Vaccination in Burma 1920-1933 - 1920-1933
Year: 1920
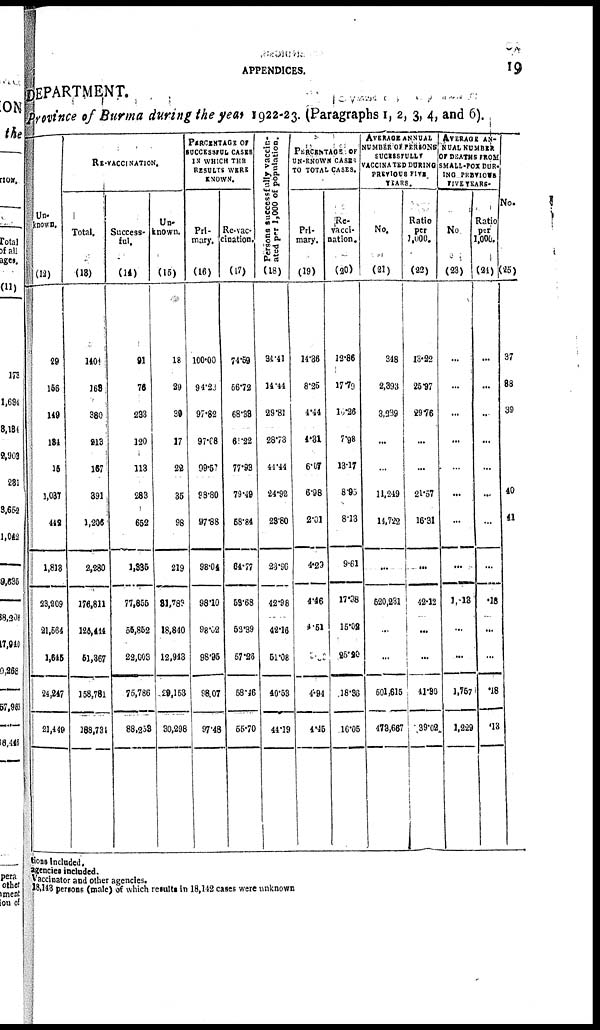
APPENDICES.
19
DEPARTMENT.
Province of Burma during the year 1922-23. (Paragraphs 1, 2, 3, 4, and 6).
Un-
known.
(12)
29
156
149
134
15
1,037
442
1,813
23,209
21,564
1,645
24,247
21,449
...
RE-VACCINATION.
Total.
(13)
140
163
380
213
167
391
1,206
2,280
176,811
125,444
51,367
158,781
188,731
...
Success-
ful.
(14)
91
76
233
120
113
283
652
1,335
77,855
55,852
22,003
75,786
88,253
...
Un-
known.
(15)
18
29
30
17
22
35
98
219
31,783
18,840
12,943
29,153
30,298
...
PERCENTAGE OF
SUCCESSFUL CASES
IN WHICH THE
RESULTS WERE
KNOWN.
Pri-
mary.
(16)
100.00
94.23
97.82
97.08
99.57
98.80
97.88
98.04
98.10
98.02
98.95
98.07
97.48
...
Re-vac¬
cination.
(17)
74.59
56.72
68.38
61.22
77.93
79.49
58.84
64.77
53.68
52.39
57.26
58.46
55.70
...
Persons successfully vaccin-
ated per 1,000 of population.
(18)
34.41
14.4
29.81
28.73
44.44
24.92
23.80
23.96
42.98
42.16
51.08
40.53
44.19
...
PERCENTAGE OF
UN-KONWN CASES
TO TOTAL CASES.
Pri-
mary.
(19)
14.36
8.25
4.44
4.31
6.07
6.98
2.01
4.29
4.46
4.51
5. 00
4.94
4.45
...
Re-
vacci-
nation.
(20)
12.86
17.79
10.26
7.98
13.17
8.95
8.13
9.61
17.98
15.02
25.20
18.36
16.05
AVERAGE ANNUAL
NUMBER OF PERSONS
SUCESSFULLY
VACCINATED DURING
PREVIOUS FITS
YEARS.
No.
(21)
348
2,393
3,239
...
...
11,249
14,722
...
520,231
...
...
501,615
473,667
...
Ratio
per
1,000.
(22)
13.22
25.97
29.76
...
...
21.57
16.31
...
42.12
...
...
41.30
39.02
...
AVERAGE AN¬
NUAL NUMBER
OF DEATHS FROM
SMALL-POX DUR¬
ING PREVIOUS
FIVE YEARS.
No
(23)
...
...
...
...
...
...
...
...
1,013
...
...
1,757
1,229
...
Ratio
per
1,000.
(24)
...
...
...
...
...
...
...
...
.13
...
...
.13
.13
...
No.
(25)
37
38
39
40
41
tions included.
agencies included.
Vaccinator and other agencies.
18,143 persons (male) of which results in 18,142 cases were unknown